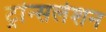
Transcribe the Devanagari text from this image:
ट्रांन्सलेशन